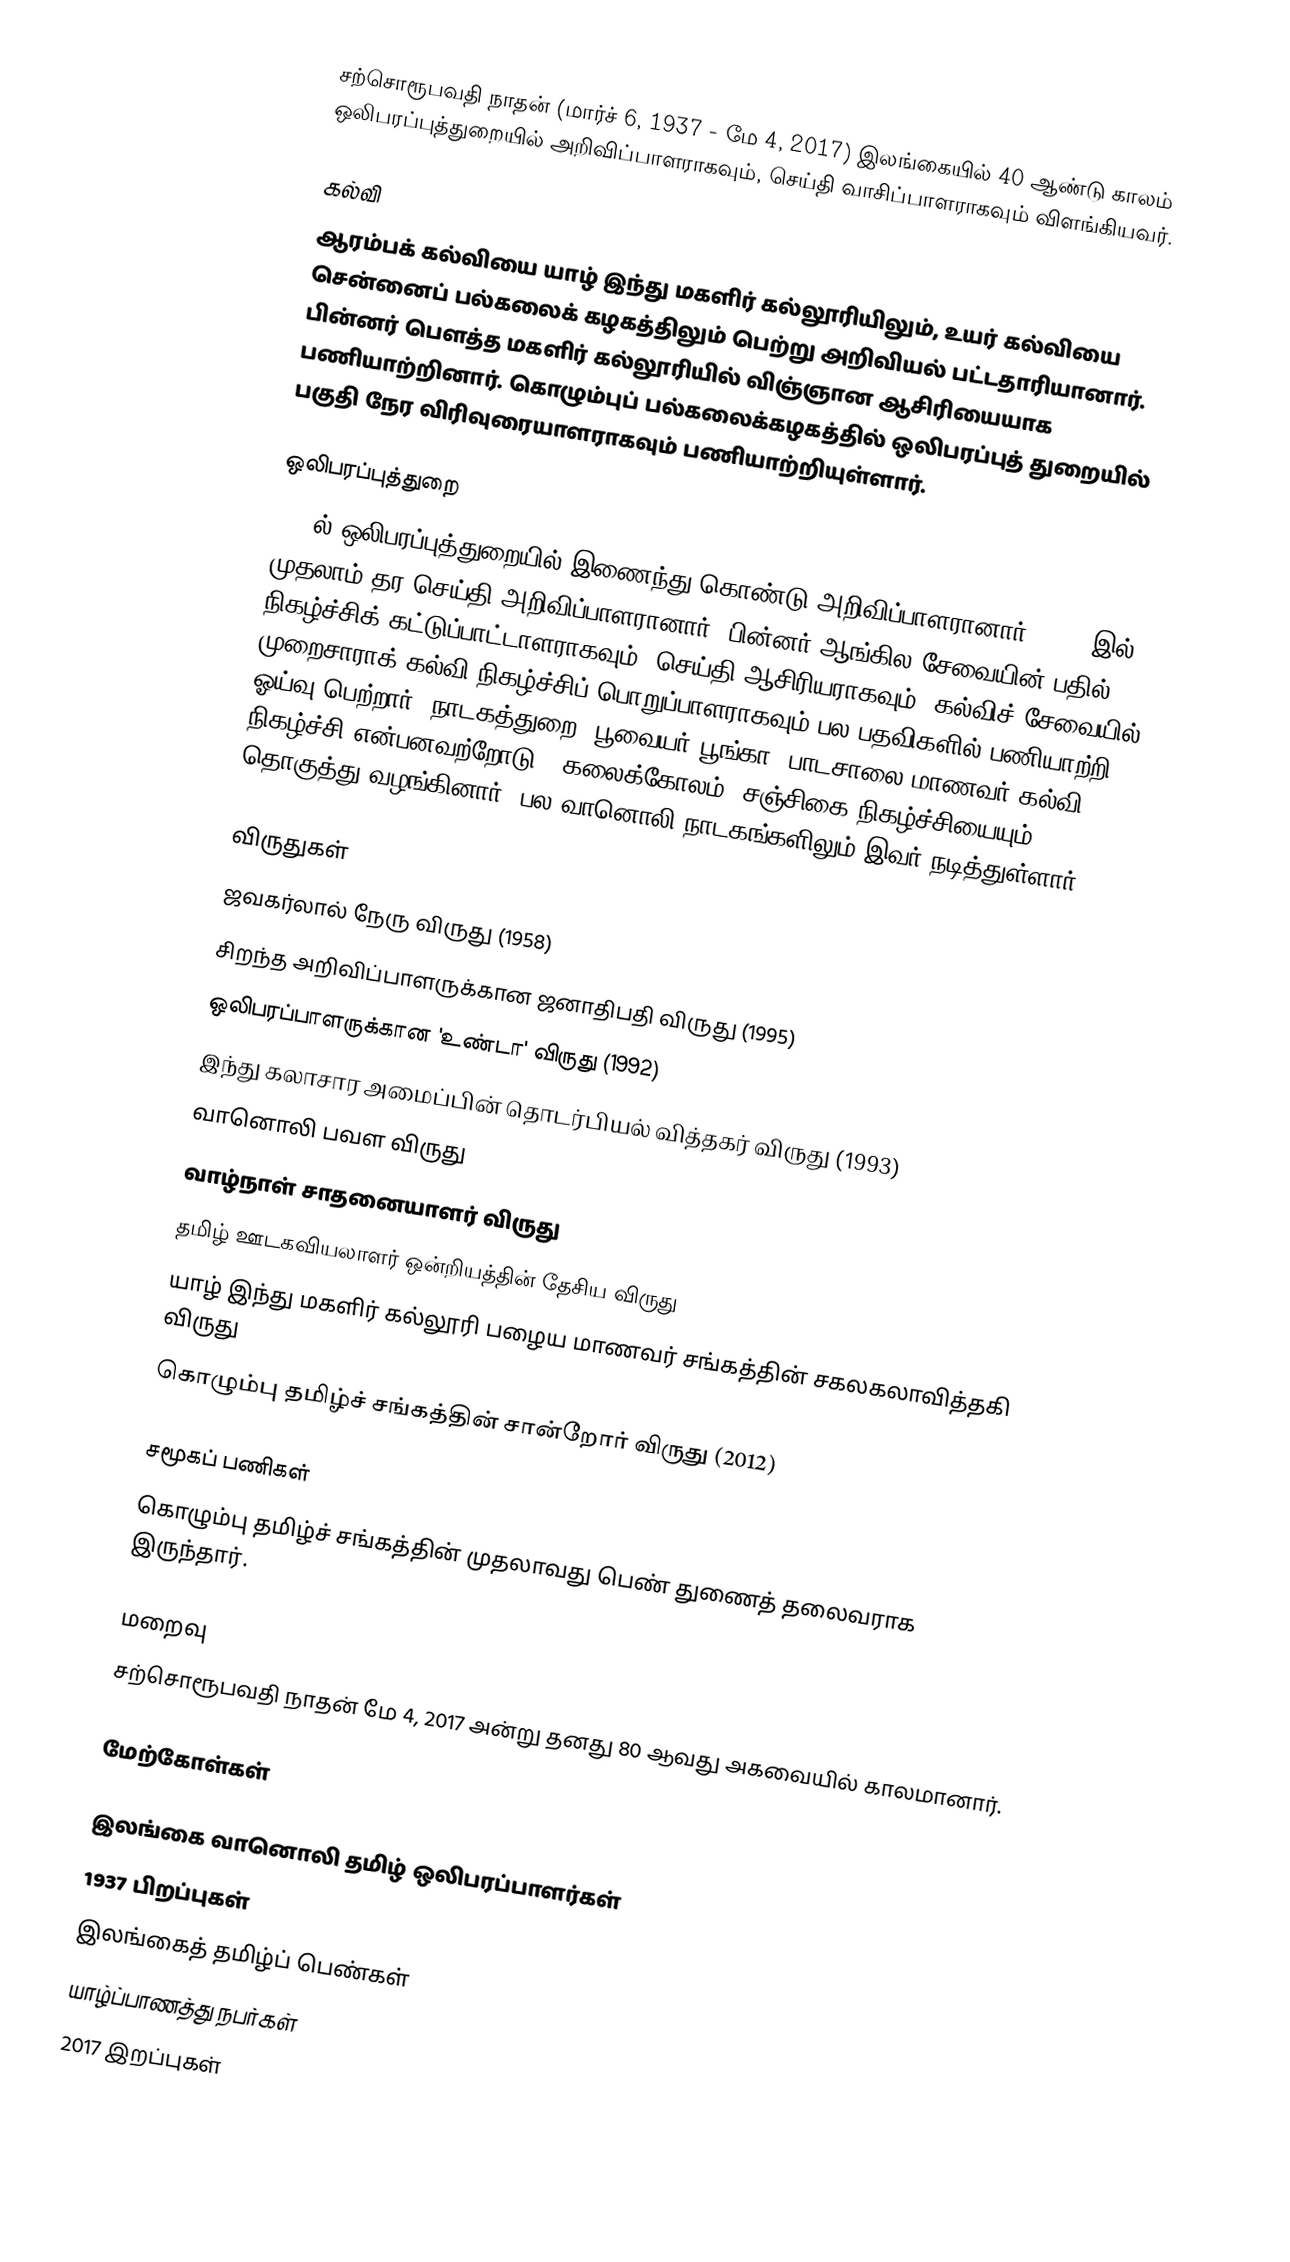
சற்சொரூபவதி நாதன் (மார்ச் 6, 1937 - மே 4, 2017) இலங்கையில் 40 ஆண்டு காலம் ஒலிபரப்புத்துறையில் அறிவிப்பாளராகவும், செய்தி வாசிப்பாளராகவும் விளங்கியவர்.

கல்வி
ஆரம்பக் கல்வியை யாழ் இந்து மகளிர் கல்லூரியிலும், உயர் கல்வியை சென்னைப் பல்கலைக் கழகத்திலும் பெற்று அறிவியல் பட்டதாரியானார். பின்னர் பெளத்த மகளிர் கல்லூரியில் விஞ்ஞான ஆசிரியையாக பணியாற்றினார். கொழும்புப் பல்கலைக்கழகத்தில் ஒலிபரப்புத் துறையில் பகுதி நேர விரிவுரையாளராகவும் பணியாற்றியுள்ளார்.

ஒலிபரப்புத்துறை
1965ல் ஒலிபரப்புத்துறையில் இணைந்து கொண்டு அறிவிப்பாளரானார். 1979 இல் முதலாம் தர செய்தி அறிவிப்பாளரானார். பின்னர் ஆங்கில சேவையின் பதில் நிகழ்ச்சிக் கட்டுப்பாட்டாளராகவும், செய்தி ஆசிரியராகவும், கல்விச் சேவையில் முறைசாராக் கல்வி நிகழ்ச்சிப் பொறுப்பாளராகவும் பல பதவிகளில் பணியாற்றி ஓய்வு பெற்றார். நாடகத்துறை, பூவையர் பூங்கா, பாடசாலை மாணவர் கல்வி நிகழ்ச்சி என்பனவற்றோடு, 'கலைக்கோலம்" சஞ்சிகை நிகழ்ச்சியையும் தொகுத்து வழங்கினார். பல வானொலி நாடகங்களிலும் இவர் நடித்துள்ளார்.

விருதுகள்
ஜவகர்லால் நேரு விருது (1958)
சிறந்த அறிவிப்பாளருக்கான ஜனாதிபதி விருது (1995)
ஒலிபரப்பாளருக்கான 'உண்டா' விருது (1992)
இந்து கலாசார அமைப்பின் தொடர்பியல் வித்தகர் விருது (1993)
வானொலி பவள விருது
வாழ்நாள் சாதனையாளர் விருது
தமிழ் ஊடகவியலாளர் ஒன்றியத்தின் தேசிய விருது
யாழ் இந்து மகளிர் கல்லூரி பழைய மாணவர் சங்கத்தின் சகலகலாவித்தகி விருது
கொழும்பு தமிழ்ச் சங்கத்தின் சான்றோர் விருது (2012)

சமூகப் பணிகள்
கொழும்பு தமிழ்ச் சங்கத்தின் முதலாவது பெண் துணைத் தலைவராக இருந்தார்.

மறைவு
சற்சொரூபவதி நாதன் மே 4, 2017 அன்று தனது 80 ஆவது அகவையில் காலமானார்.

மேற்கோள்கள்

இலங்கை வானொலி தமிழ் ஒலிபரப்பாளர்கள்
1937 பிறப்புகள்
இலங்கைத் தமிழ்ப் பெண்கள்
யாழ்ப்பாணத்து நபர்கள்
2017 இறப்புகள்